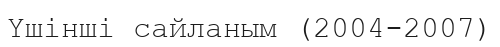
Үшінші сайланым (2004-2007)